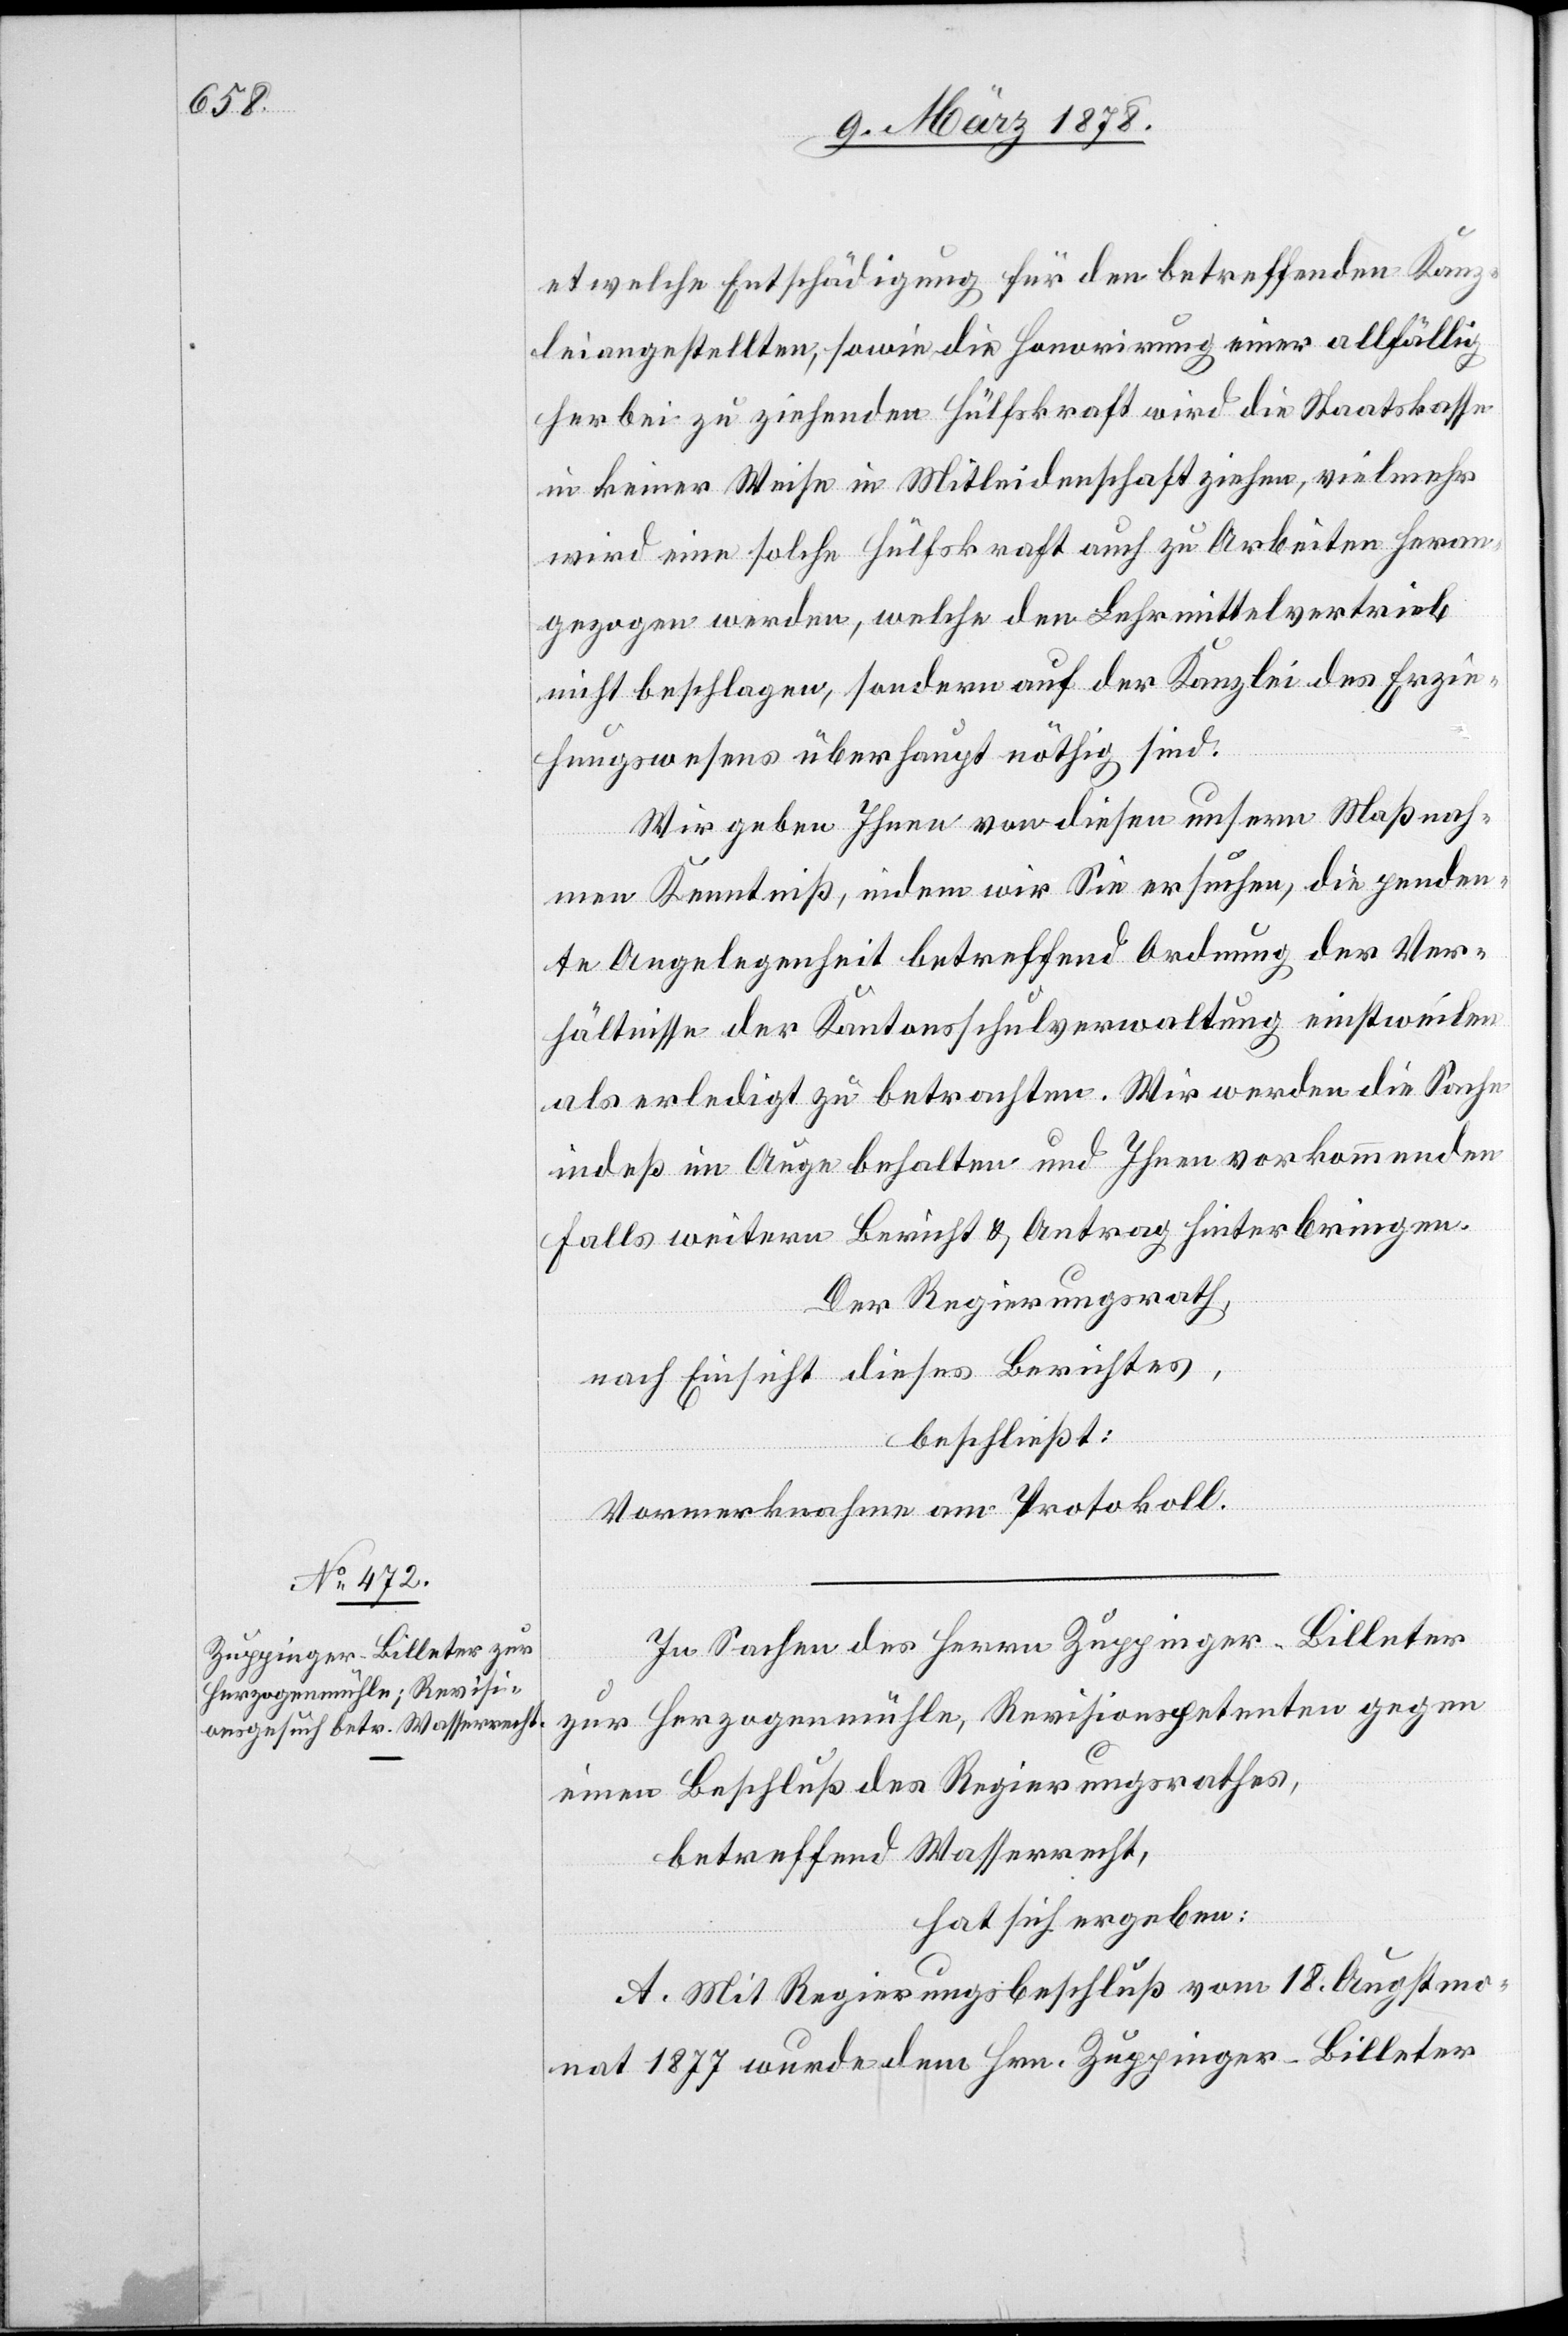
etwelche Entschädigung für den betreffenden Kanz¬
leiangestellten, sowie die Honorirung einer allfällig
herbei zu ziehenden Hülfskraft wird die Staatskasse
in keiner Weise in Mitleidenschaft ziehen, vielmehr
wird eine solche Hülfskraft auch zu Arbeiten heran¬
gezogen werden, welche den Lehrmittelvertrieb
nicht beschlagen, sondern auf der Kanzlei des Erzie¬
hungswesens überhaupt nöthig sind.
Wir geben Ihnen von diesen unsern Maßnah¬
men Kenntniß, indem wir Sie ersuchen, die penden¬
te Angelegenheit betreffend Ordnung der Ver¬
hältnisse der Kantonsschulverwaltung einstweilen
als erledigt zu betrachten. Wir werden die Sache
indeß im Auge behalten und Ihnen vorkommenden
Falls weitern Bericht & Antrag hinterbringen.
Der Regierungsrath,
nach Einsicht dieses Berichtes,
beschließt:
Vormerknahme am Protokoll.
r-Billeter
In Sachen des Herrn Zuppinge¬
zur Herzogenmühle, Revisionspetenten gegen
einen Beschluß des Regierungsrathes,
betreffend Wasserrecht,
hat sich ergeben:
A. Mit Regierungsbeschluß vom 18. Augstmo¬
nat 1877 wurde dem Hrn. Zuppinger-Billeter